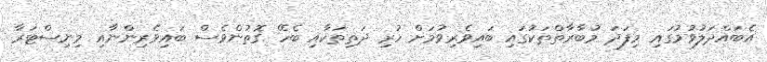
އެބައްދަލުވުމުގައި މިފަދަ މުބާރާތްތަކުގައި ބައިވެރިވުމަށް ހުރި ދަތިތަކާއި ބެހޭ ގޮތުންވެސް ބައިވެރިންނާއި މިނިސްޓަރާ